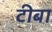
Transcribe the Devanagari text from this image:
टीबा